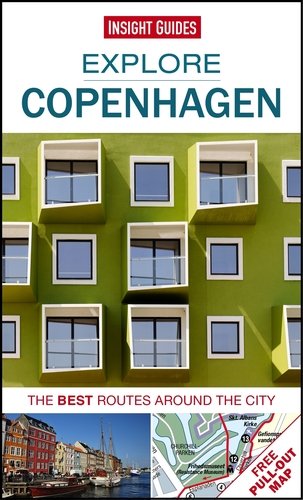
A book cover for Insight Guides: Explore Copenhagen (Insight Explore Guides); Insight Guides; Travel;